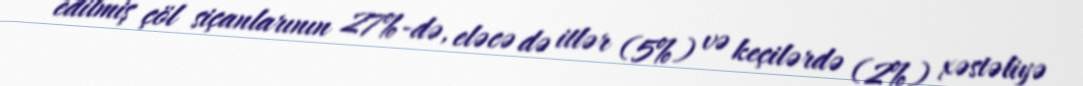
edilmiş çöl siçanlarının 27%-də, eləcə də itlər (5%) və keçilərdə (2%) xəstəliyə